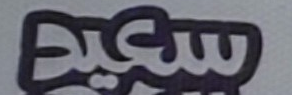
سعيد